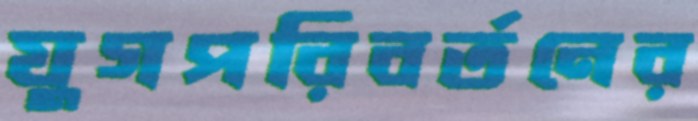
যুগপরিবর্তনের